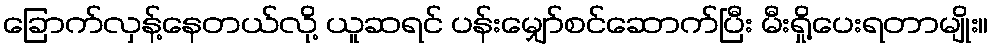
ခြောက်လှန့်နေတယ်လို့ ယူဆရင် ပန်းမျှော်စင်ဆောက်ပြီး မီးရှို့ပေးရတာမျိုး။